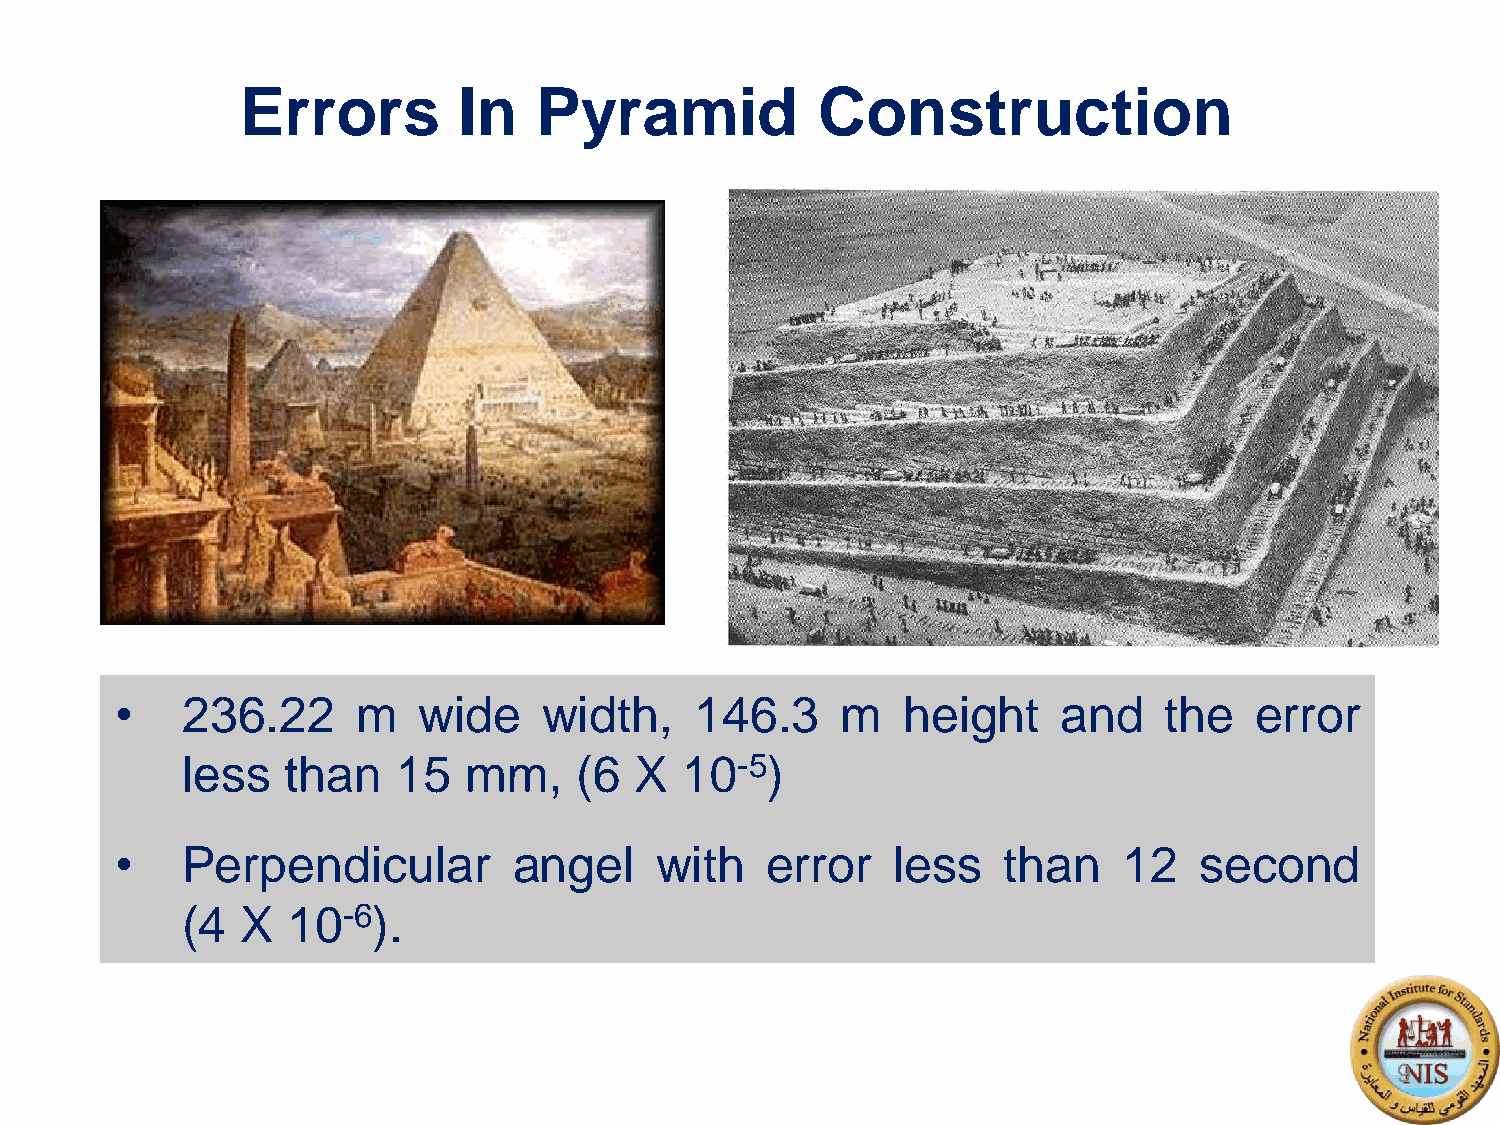
Errors        In   Pyramid            Construction
 •   236.22      m   wide    width,    146.3     m   height    and    the   error
 less   than   15   mm,    (6  X  10-5)
 •   Perpendicular         angel    with    error   less   than    12   second
 (4  X  10-6).
 9